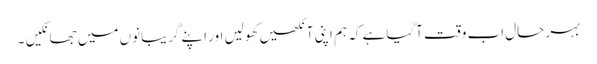
بہر حال اب وقت آگیا ہے کہ ہم اپنی آنکھیں کھولیں اور اپنے گریبانوں میں جھانکیں ۔